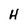
Character: H